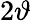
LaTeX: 2\vartheta